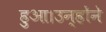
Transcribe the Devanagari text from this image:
हुआ।उन्होंने